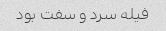
فیله سرد و سفت بود